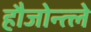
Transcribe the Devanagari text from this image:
हौजोन्त्ले